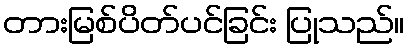
တားမြစ်ပိတ်ပင်ခြင်း ပြုသည်။